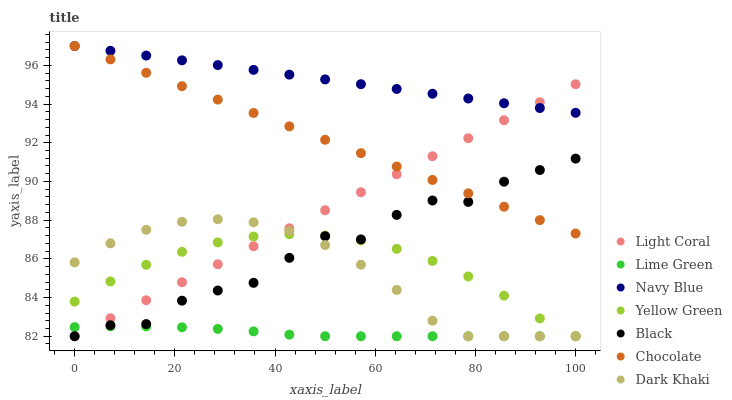
| xaxis_label | Light Coral | Lime Green | Navy Blue | Yellow Green | Black | Chocolate | Dark Khaki |
 | --- | --- | --- | --- | --- | --- | --- | --- |
 | 0 | 82 | 82.5 | 97 | 83.8 | 82 | 97 | 85.8 |
 | 7.14 | 82.9 | 82.5 | 96.8 | 84.8 | 82.6 | 96.3 | 86.8 |
 | 14.3 | 83.9 | 82.5 | 96.5 | 85.7 | 82.6 | 95.6 | 87.5 |
 | 21.4 | 84.8 | 82.5 | 96.3 | 86.4 | 83.8 | 94.9 | 87.9 |
 | 28.6 | 85.7 | 82.4 | 96 | 86.9 | 84.4 | 94.2 | 88 |
 | 35.7 | 86.7 | 82.3 | 95.8 | 87.2 | 84.8 | 93.5 | 87.9 |
 | 42.9 | 87.6 | 82.1 | 95.5 | 87.3 | 86.1 | 92.8 | 87.4 |
 | 50 | 88.5 | 82 | 95.3 | 87.2 | 87.2 | 92.2 | 86.7 |
 | 57.1 | 89.4 | 82 | 95 | 87 | 87 | 91.5 | 85.7 |
 | 64.3 | 90.4 | 82 | 94.8 | 86.5 | 88.3 | 90.8 | 84.4 |
 | 71.4 | 91.3 | 82 | 94.5 | 85.9 | 89 | 90.1 | 82.8 |
 | 78.6 | 92.2 | 82 | 94.3 | 85.1 | 88.9 | 89.4 | 82 |
 | 85.7 | 93.2 | 82 | 94 | 84.1 | 90 | 88.7 | 82 |
 | 92.9 | 94.1 | 82 | 93.8 | 82.9 | 90.6 | 88 | 82 |
 | 100 | 95 | 82 | 93.5 | 82 | 91.2 | 87.3 | 82 |